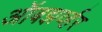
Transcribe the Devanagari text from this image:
ऑबझर्व्हर